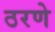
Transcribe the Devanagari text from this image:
ठरणे